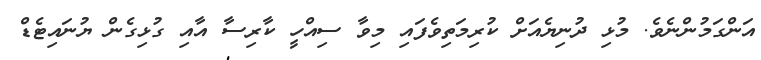
އަންގަމުންނެވެ. މުޅި ދުނިޔެއަށް ކުރިމަތިވެފައި މިވާ ސިއްހީ ކާރިސާ އާއި ގުޅިގެން ޔުނައިޓެޑް